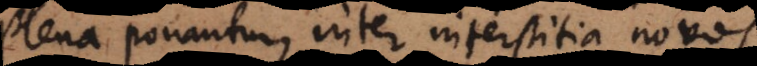
plena ponantur, inter interstitia novos